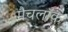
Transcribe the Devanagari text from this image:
मैचलॉक